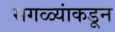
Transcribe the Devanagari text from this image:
सगळ्यांकडून